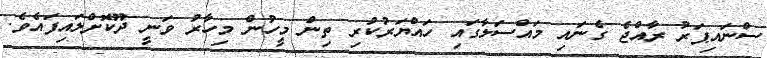
ސްނައިޕަރު ރާއްޖެ ގެނައި މައްސަލާގައި ހައްޔަރުކުރި ތިން މީހުން މިހާރު ވަނީ ދޫކޮށްލައިފައެވެ.